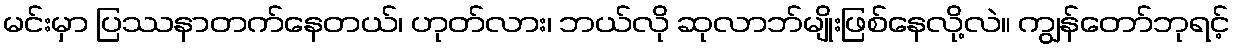
မင်းမှာ ပြဿနာတက်နေတယ်၊ ဟုတ်လား၊ ဘယ်လို ဆုလာဘ်မျိုးဖြစ်နေလို့လဲ။ ကျွန်တော်ဘုရင့်